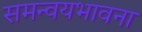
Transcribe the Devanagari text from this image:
समन्वयभावना